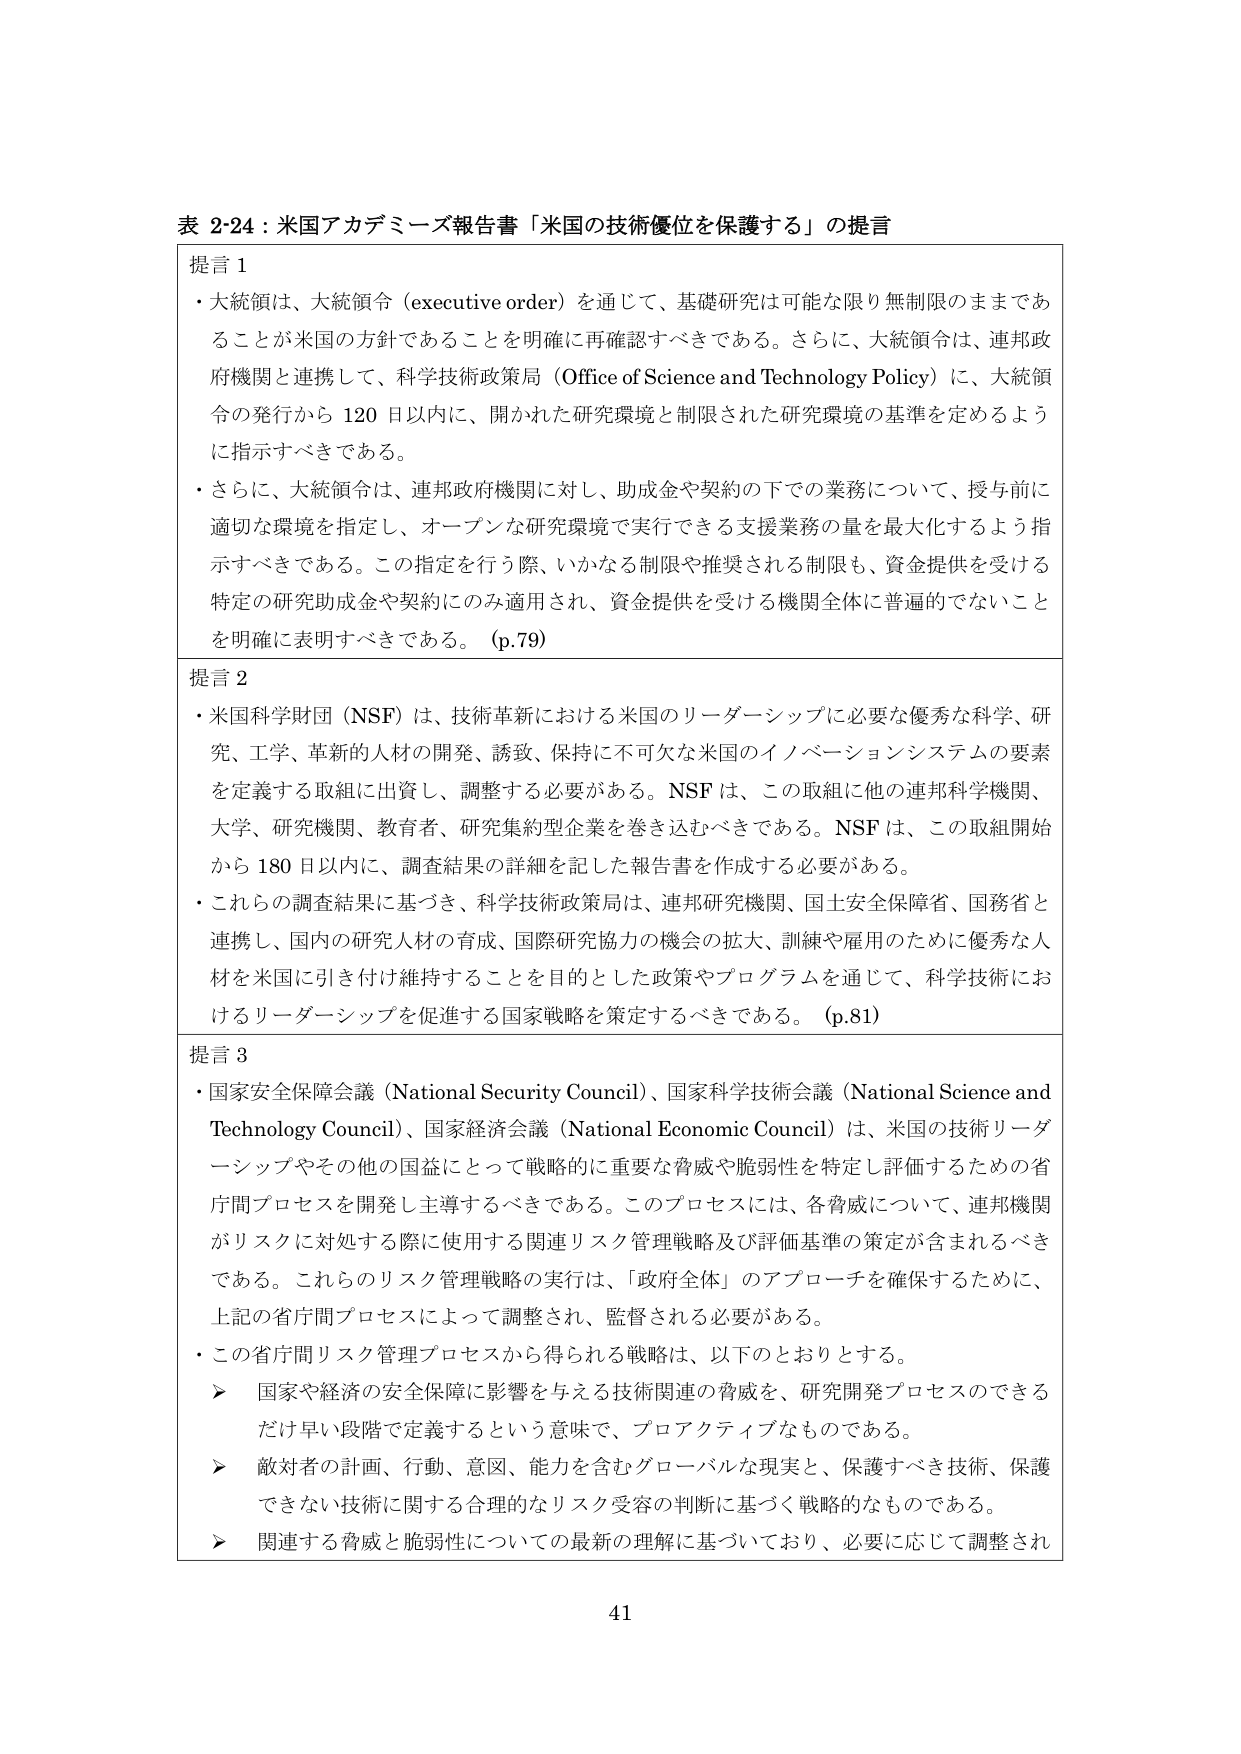
表 2-24：米国アカデミーズ報告書「米国の技術優位を保護する」の提言

提言 1
・大統領は、大統領令（executive order）を通じて、基礎研究は可能な限り無制限のままであることが米国の方針であることを明確に再確認すべきである。さらに、大統領令は、連邦政府機関と連携して、科学技術政策局（Office of Science and Technology Policy）に、大統領令の発行から 120 日以内に、開かれた研究環境と制限された研究環境の基準を定めるように指示すべきである。
・さらに、大統領令は、連邦政府機関に対し、助成金や契約の下での業務について、授与前に適切な環境を指定し、オープンな研究環境で実行できる支援業務の量を最大化するよう指示すべきである。この指定を行う際、いかなる制限や推奨される制限も、資金提供を受ける特定の研究助成金や契約にのみ適用され、資金提供を受ける機関全体に普遍的でないことを明確に表明すべきである。（p.79）

提言 2
・米国科学財団（NSF）は、技術革新における米国のリーダーシップに必要な優秀な科学、研究、工学、革新的人材の開発、誘致、保持に不可欠な米国のイノベーションシステムの要素を定義する取組に出资し、調整する必要がある。NSF は、この取組に他の連邦科学機関、大学、研究機関、教育者、研究集約型企業を巻き込むべきである。NSF は、この取組開始から 180 日以内に、調査結果の詳細を記した報告書を作成する必要がある。
・これらの調査結果に基づき、科学技術政策局は、連邦研究機関、国土安全保障省、国務省と連携し、国内の研究人材の育成、国際研究協力の機会の拡大、訓練や雇用のために優秀な人材を米国に引き付け維持することを目的とした政策やプログラムを通じて、科学技術におけるリーダーシップを促進する国家戦略を策定すべきである。（p.81）

提言 3
・国家安全保障会議（National Security Council）、国家科学技術会議（National Science and Technology Council）、国家経済会議（National Economic Council）は、米国の技術リーダーシップやその他の国益にとって戦略的に重要な脅威や脆弱性を特定し評価するための省庁間プロセスを開発し主導すべきである。このプロセスには、各脅威について、連邦機関がリスクに対処する際に使用する関連リスク管理戦略及び評価基準の策定が含まれるべきである。これらのリスク管理戦略の実行は、「政府全体」のアプローチを確保するために、上記の省庁間プロセスによって調整され、監督される必要がある。
・この省庁間リスク管理プロセスから得られる戦略は、以下のとおりとする。
　➤ 国家や経済の安全保障に影響を与える技術関連の脅威を、研究開発プロセスのできるだけ早い段階で定義するという意味で、プロアクティブなものである。
　➤ 敵対者の計画、行動、意図、能力を含むグローバルな現実と、保護すべき技術、保護できない技術に関する合理的なリスク受容の判断に基づく戦略的なものである。
　➤ 関連する脅威と脆弱性についての最新の理解に基づいており、必要に応じて調整され

41